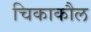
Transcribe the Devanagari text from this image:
चिकाकौल